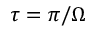
\tau = \pi / \Omega